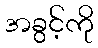
အခွင့်ကို